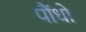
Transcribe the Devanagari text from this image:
पौंधो